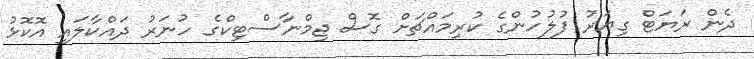
ދެން ރަޔަޓް ގިޔަރު ފުލުހުންގެ ކުރިމައްޗަށް ގޮސް ޖިމްނާސްޓިކްގެ ހުނަރު ދައްކާލައި އޮކޮޅު